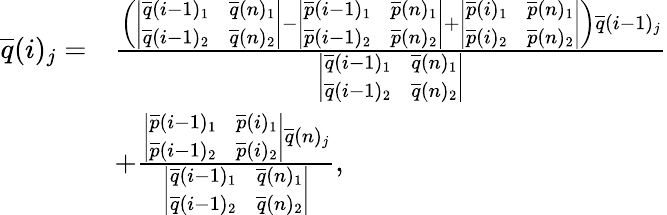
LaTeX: \begin{array}{rl}{\overline{{q}}(i)_{j}=}&{\frac{\left(\left|\begin{array}{ll}{\overline{{q}}(i-1)_{1}}&{\overline{{q}}(n)_{1}}\\ {\overline{{q}}(i-1)_{2}}&{\overline{{q}}(n)_{2}}\end{array}\right|-\left|\begin{array}{ll}{\overline{{p}}(i-1)_{1}}&{\overline{{p}}(n)_{1}}\\ {\overline{{p}}(i-1)_{2}}&{\overline{{p}}(n)_{2}}\end{array}\right|+\left|\begin{array}{ll}{\overline{{p}}(i)_{1}}&{\overline{{p}}(n)_{1}}\\ {\overline{{p}}(i)_{2}}&{\overline{{p}}(n)_{2}}\end{array}\right|\right)\overline{{q}}(i-1)_{j}}{\left|\begin{array}{ll}{\overline{{q}}(i-1)_{1}}&{\overline{{q}}(n)_{1}}\\ {\overline{{q}}(i-1)_{2}}&{\overline{{q}}(n)_{2}}\end{array}\right|}}\\ &{+\frac{\left|\begin{array}{ll}{\overline{{p}}(i-1)_{1}}&{\overline{{p}}(i)_{1}}\\ {\overline{{p}}(i-1)_{2}}&{\overline{{p}}(i)_{2}}\end{array}\right|\overline{{q}}(n)_{j}}{\left|\begin{array}{ll}{\overline{{q}}(i-1)_{1}}&{\overline{{q}}(n)_{1}}\\ {\overline{{q}}(i-1)_{2}}&{\overline{{q}}(n)_{2}}\end{array}\right|},}\end{array}